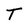
Character: T